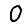
Digit: 0